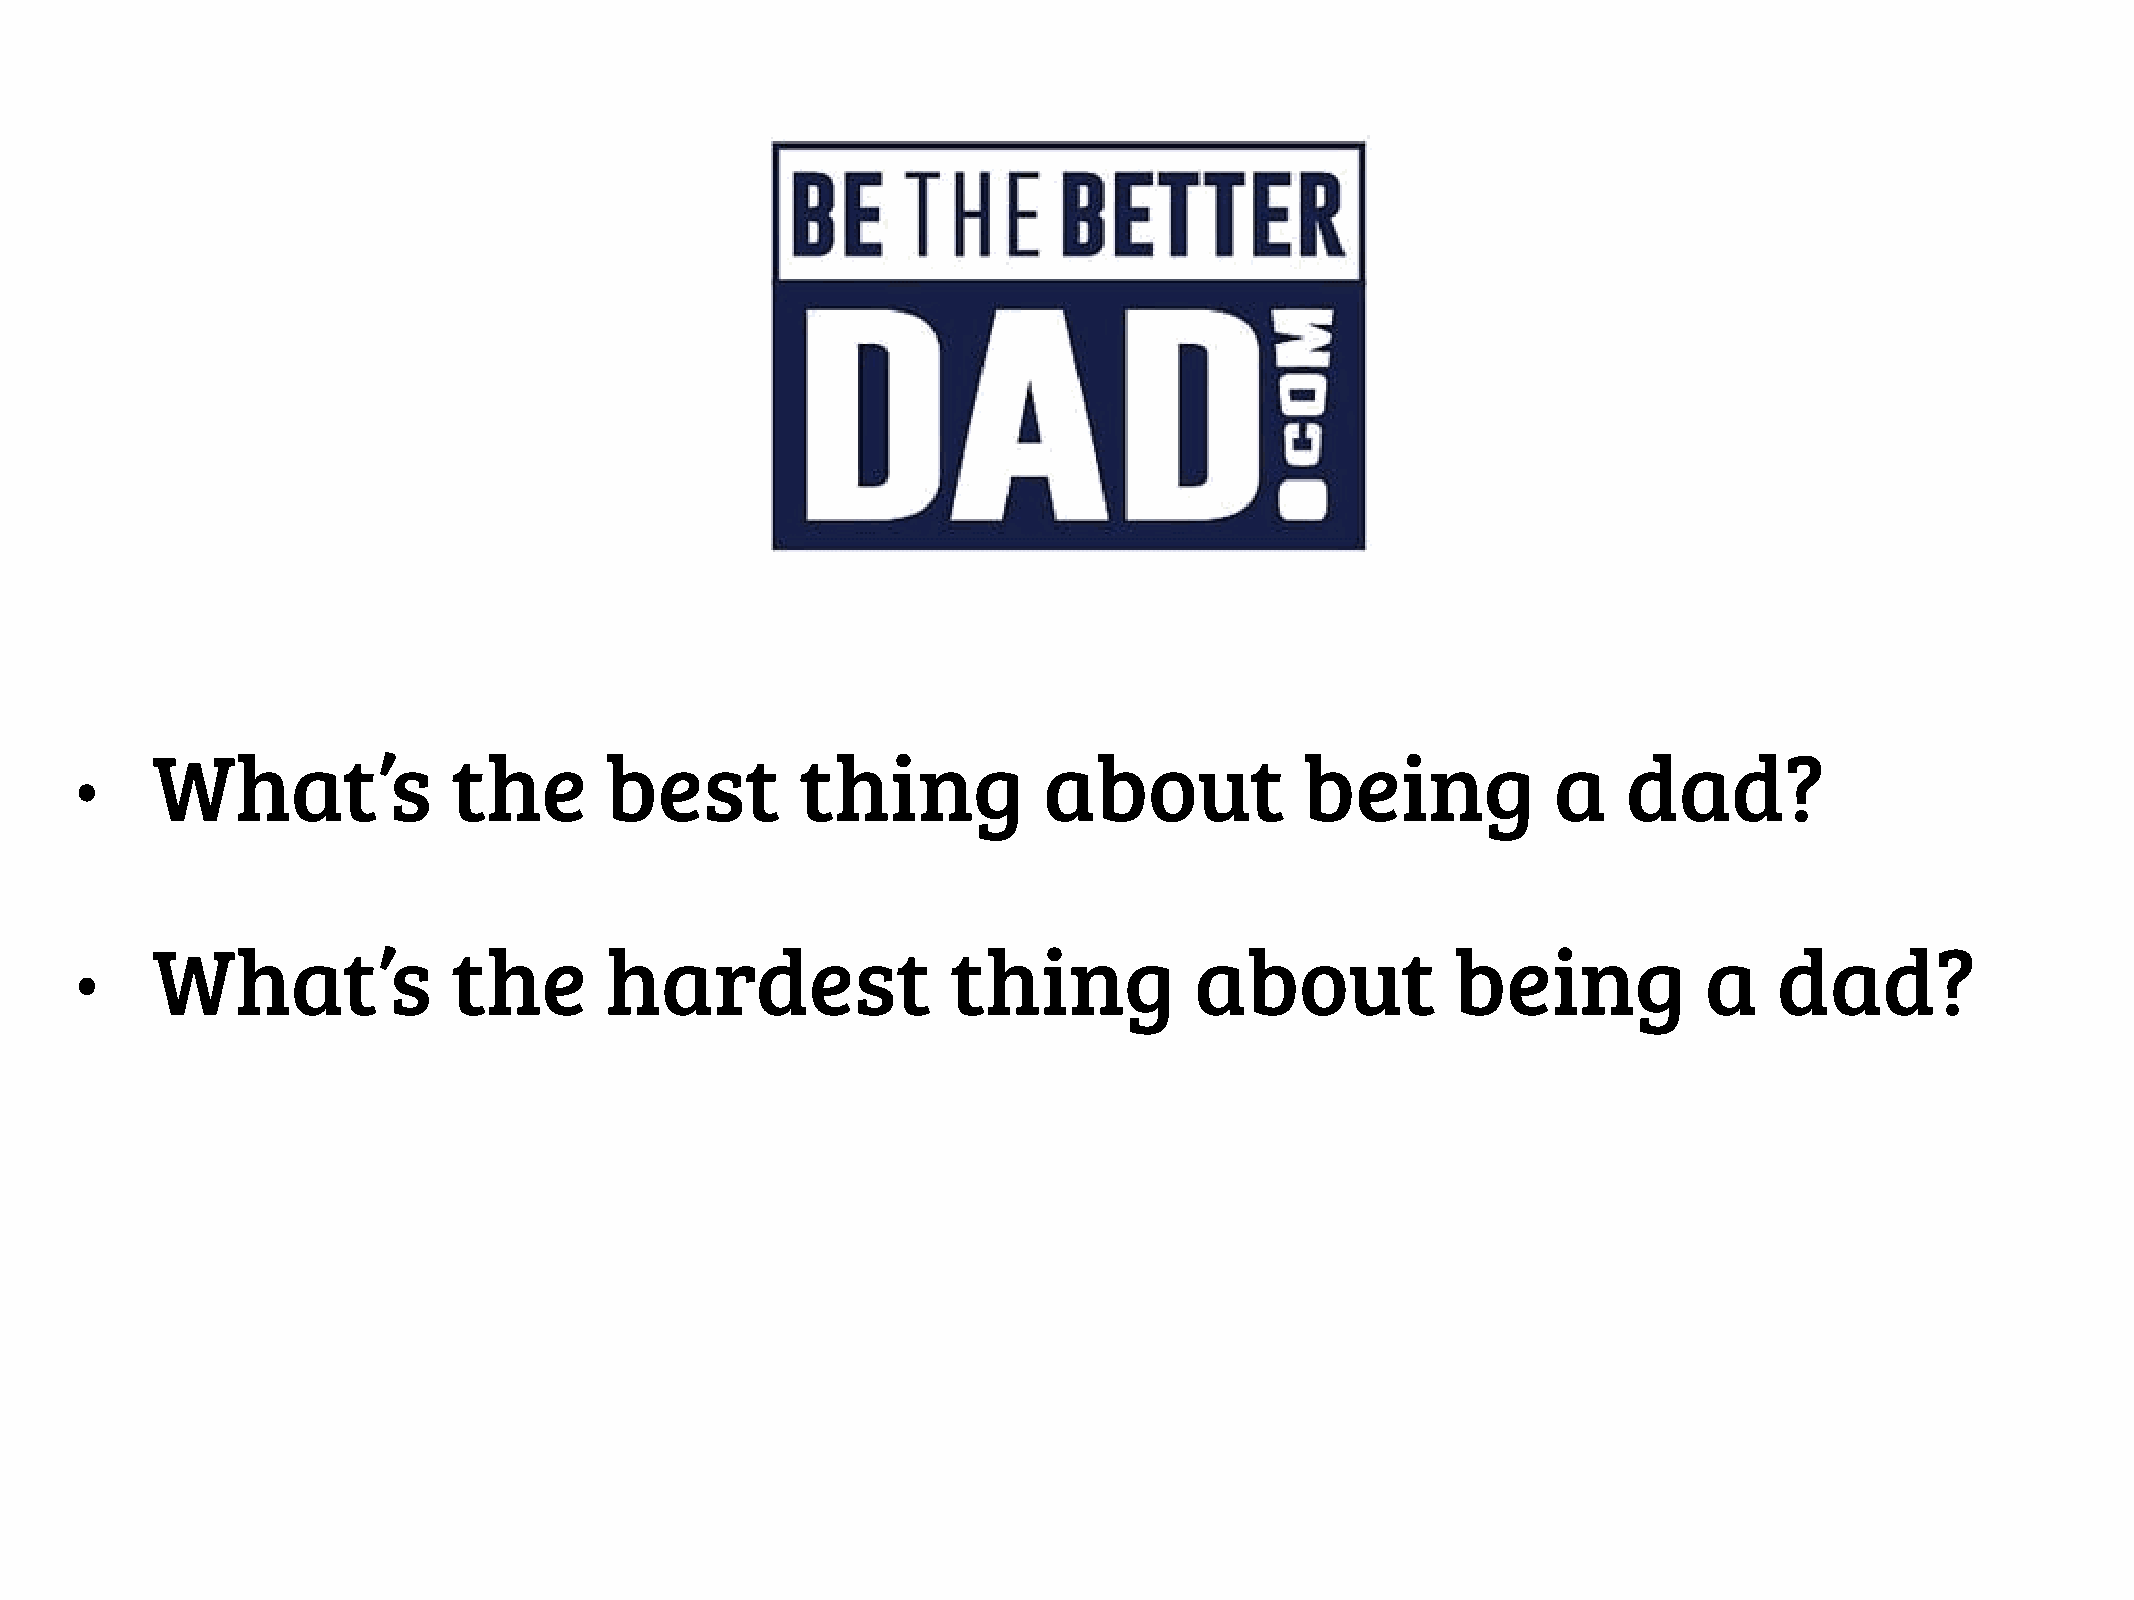
What’s              the       best         thing           about            being            a    dad?
 •
 What’s              the       hardest                thing           about            being            a    dad?
 •